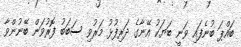
ބައްޕަ ބުނެފައި ވަނީ ބަޔަކު އޭނާގެ ދަރިފުޅު މަރުވި ސަބަބު ފޮރުވަން ބޭނުންވާ